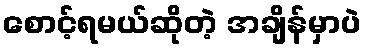
စောင့်ရမယ်ဆိုတဲ့ အချိန်မှာပဲ